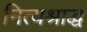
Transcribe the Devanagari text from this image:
नित्यश्राद्ध